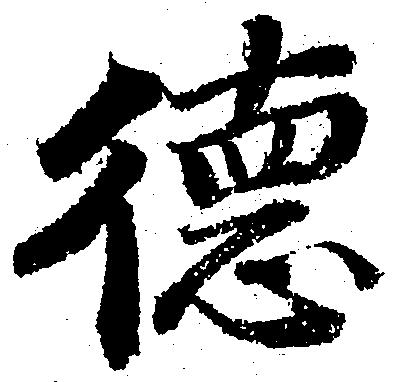
徳